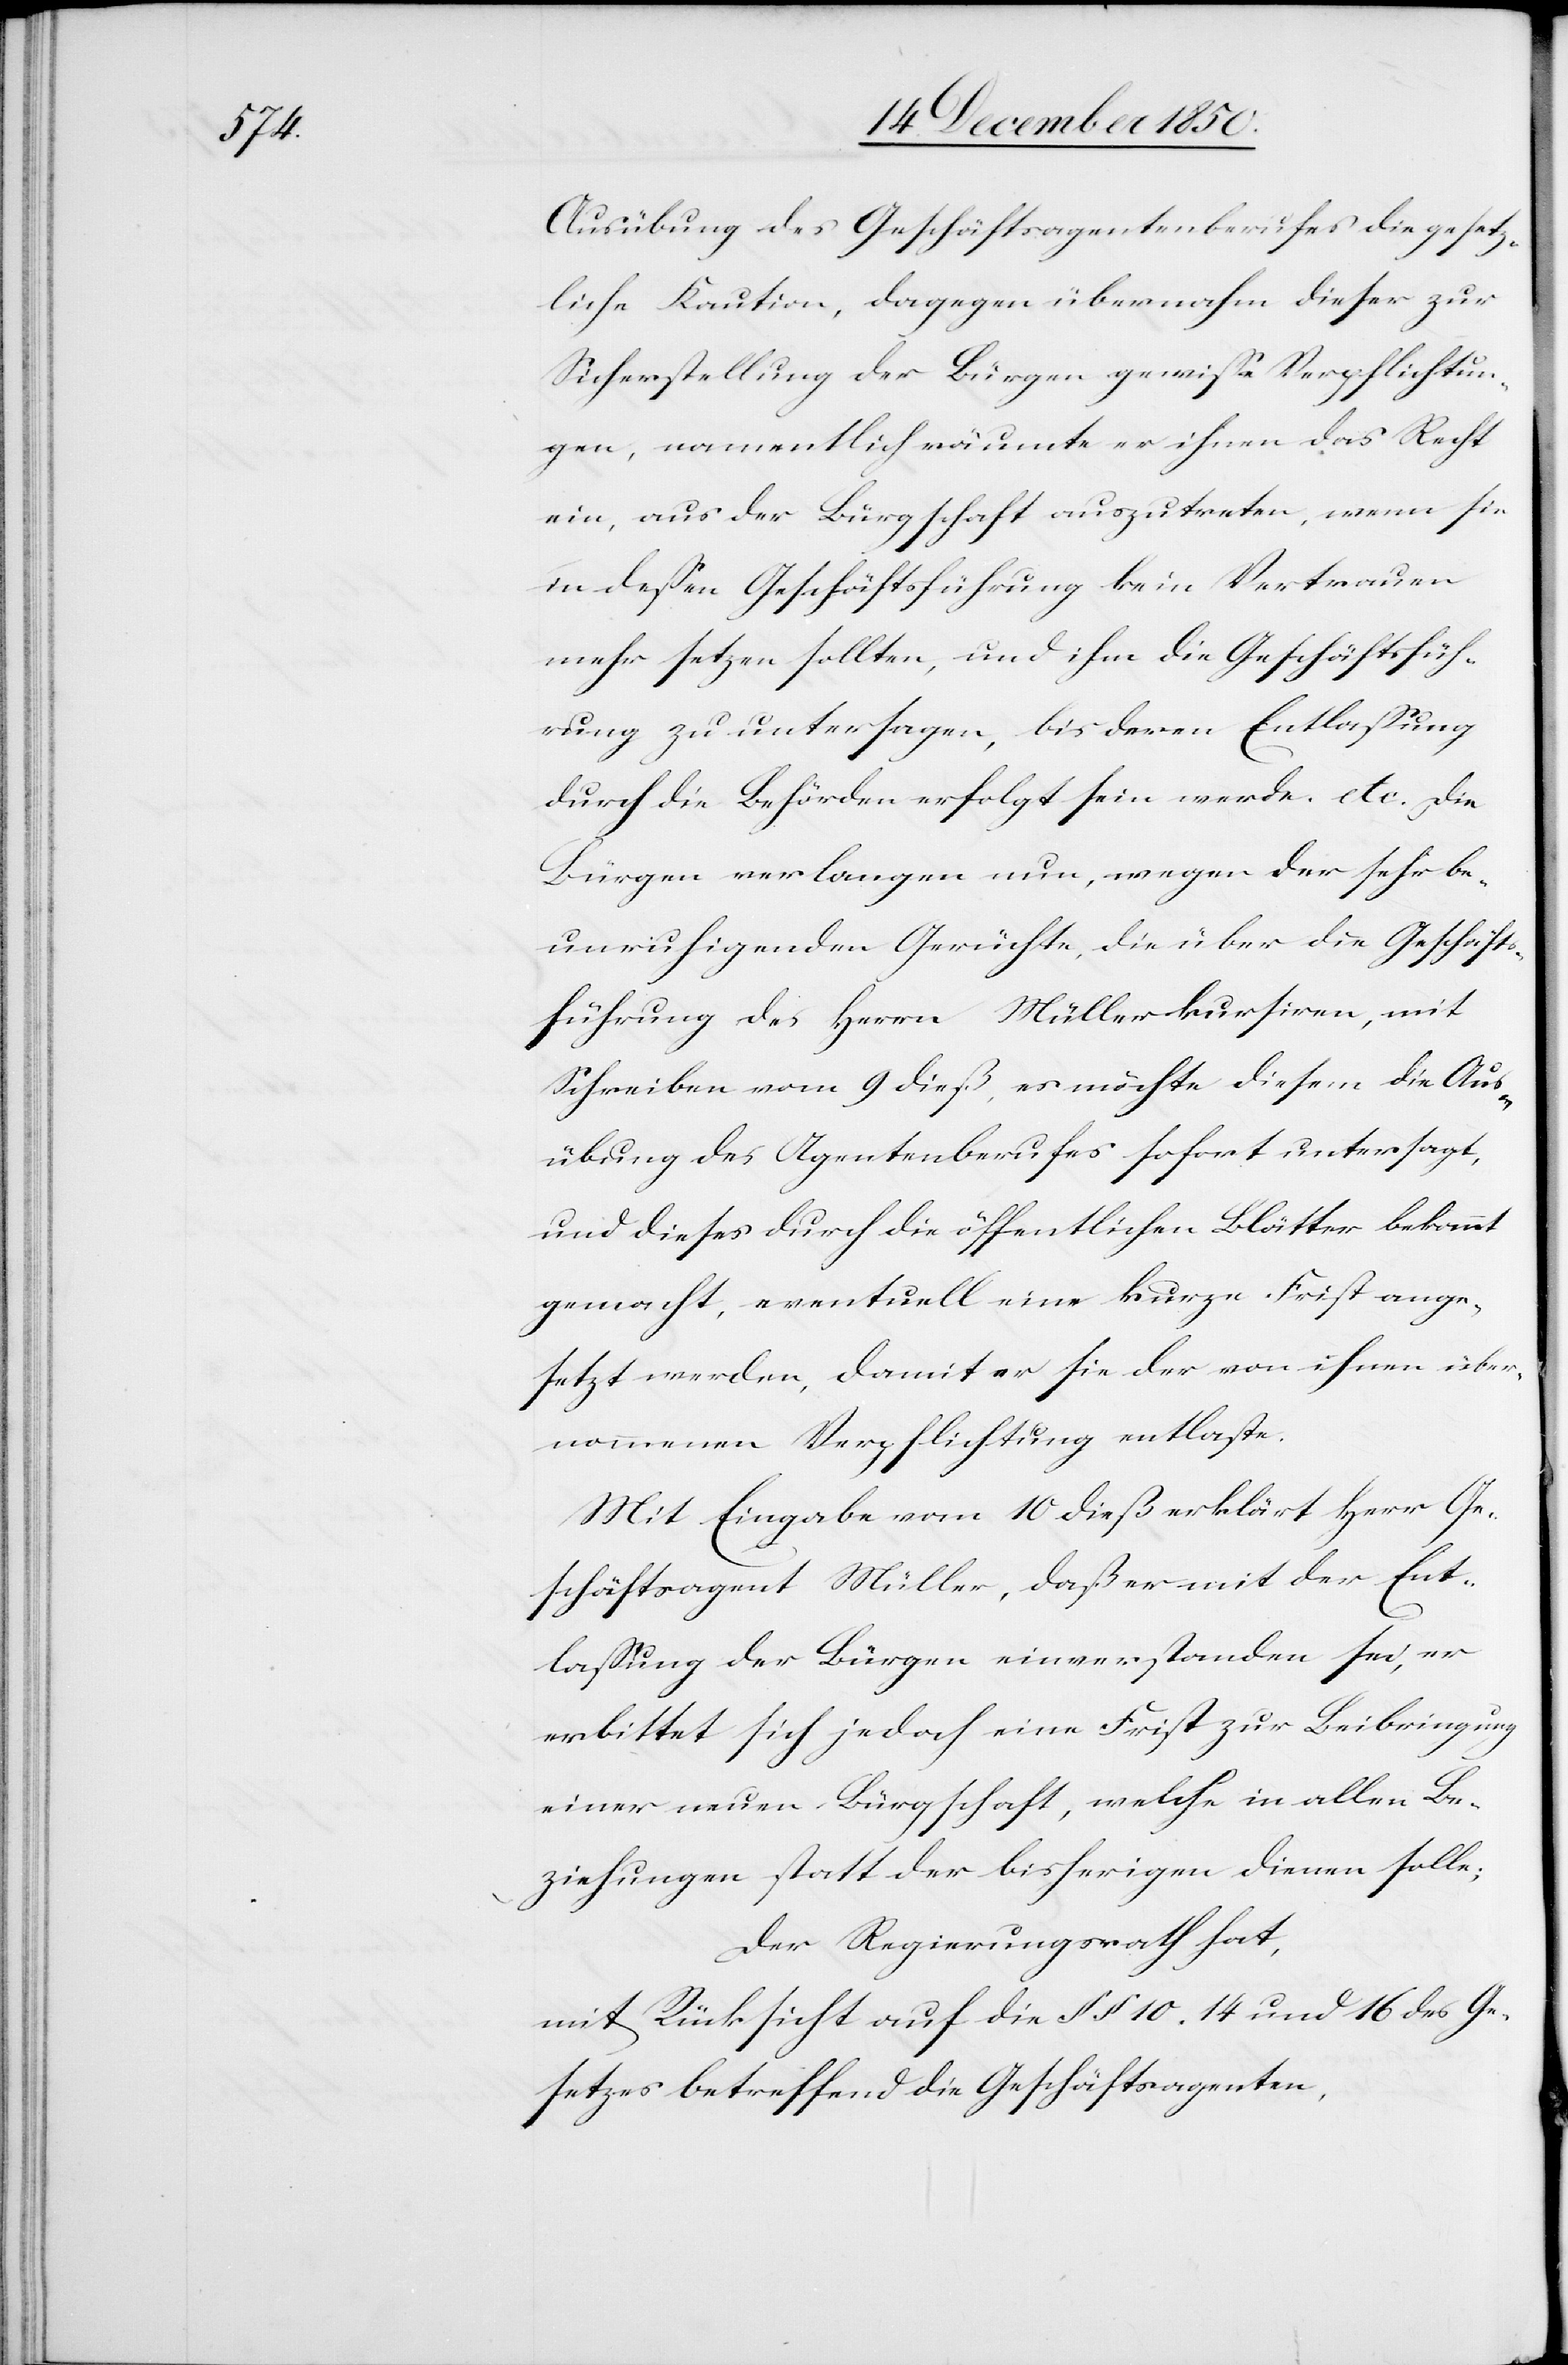
Ausübung des Geschäftsagentenberufes die gesetz¬
liche Kaution, dagegen übernahm dieser zur
Sicherstellung der Bürgen gewisse Verpflichtun¬
gen, namentlich räumte er ihnen das Recht
ein, aus der Bürgschaft auszutreten, wenn sie
in dessen Geschäftsführung kein Vertrauen
mehr setzen sollten, und ihm die Geschäftsfüh¬
rung zu untersagen, bis deren Entlassung
durch die Behörden erfolgt sein werde. etc. Die
Bürgen verlangen nun, wegen der sehr be¬
unruhigenden Gerüchte, die über die Geschäfts¬
führung des Herrn Müller kursiren, mit
Schreiben vom 9 dieß, es möchte diesem die Aus¬
übung des Agentenberufes sofort untersagt,
und dieses durch die öffentlichen Blätter bekannt
gemacht, eventuell eine kurze Frist ange¬
setzt werden, damit er sie der von ihnen über¬
nommenen Verpflichtung entlaste.
Mit Eingabe vom 10 dieß erklärt Herr Ge¬
schäftsagent Müller, daß er mit der Ent¬
lassung der Bürgen einverstanden sei, er
erbittet sich jedoch eine Frist zur Beibringung
einer neuen Bürgschaft, welche in allen Be¬
ziehungen statt bisherigen dienen solle;
Der Regierungsrath hat,
mit Rücksicht auf die § § 10.[,] 14 und 16 des Ge¬
setzes betreffend die Geschäftsagenten,